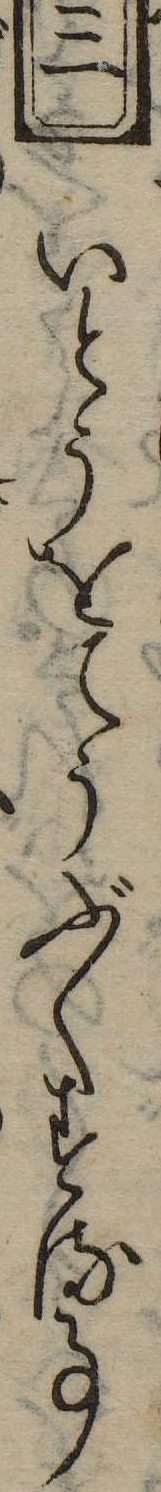
三いとうをてうぶくする事